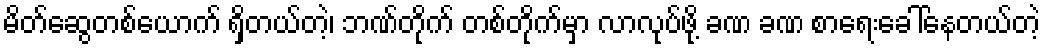
မိတ်ဆွေတစ်ယောက် ရှိတယ်တဲ့၊ ဘဏ်တိုက် တစ်တိုက်မှာ လာလုပ်ဖို့ ခဏ ခဏ စာရေးခေါ်နေတယ်တဲ့